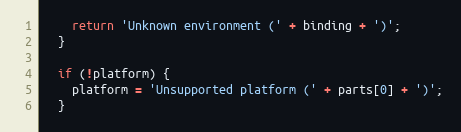
Language: JavaScript
    return 'Unknown environment (' + binding + ')';
  }

  if (!platform) {
    platform = 'Unsupported platform (' + parts[0] + ')';
  }